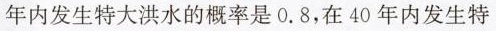
年内发生特大洪水的概率是0.8，在40年内发生